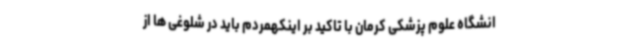
انشگاه علوم پزشکی کرمان با تاکید بر اینکهمردم باید در شلوغی ها از